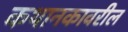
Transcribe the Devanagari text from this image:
कथानकावरील